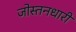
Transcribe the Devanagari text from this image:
जोस्तनधारी